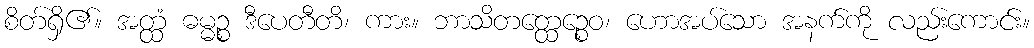
စိတ်ရှိ၏။ အတ္ထံ ဓမ္မဉ္စ ဒီပေတီတိ၊ ကား။ ဘာသိတတ္ထေဉ္စေဝ၊ ဟောအပ်သော အနက်ကို လည်းကောင်း။